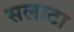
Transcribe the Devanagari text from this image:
सलाटा